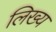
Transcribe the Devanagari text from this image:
लिख्य